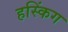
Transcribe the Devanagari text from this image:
हस्किंग